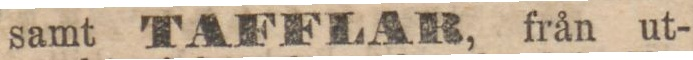
samt TAFFLAB, från ut-